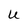
Character: u